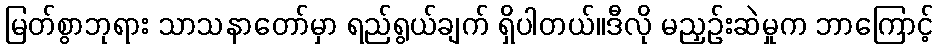
မြတ်စွာဘုရား သာသနာတော်မှာ ရည်ရွယ်ချက် ရှိပါတယ်။ဒီလို မညှဉ်းဆဲမှုက ဘာကြောင့်